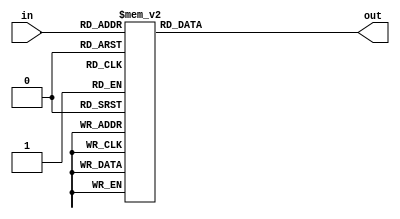
module decoder3to8(
    input [2:0] in,
    output reg [7:0] out
);

always @(*)
begin
    case(in)
        3'b000: out = 8'b00000001;
        3'b001: out = 8'b00000010;
        3'b010: out = 8'b00000100;
        3'b011: out = 8'b00001000;
        3'b100: out = 8'b00010000;
        3'b101: out = 8'b00100000;
        3'b110: out = 8'b01000000;
        3'b111: out = 8'b10000000;
        default: out = 8'b00000000;
    endcase
end

endmodule